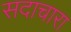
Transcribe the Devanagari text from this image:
सदाचारा